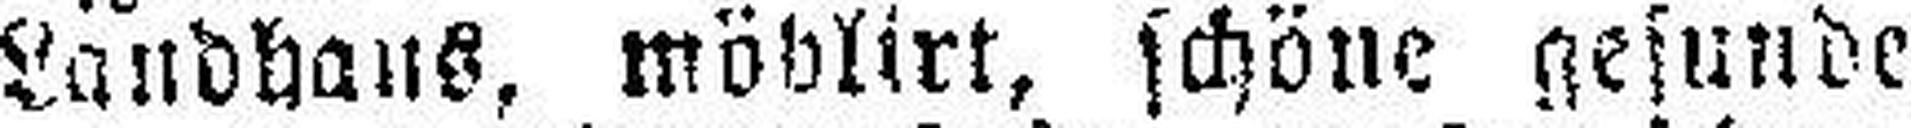
Landhaus, möblirt, schöne gesunde